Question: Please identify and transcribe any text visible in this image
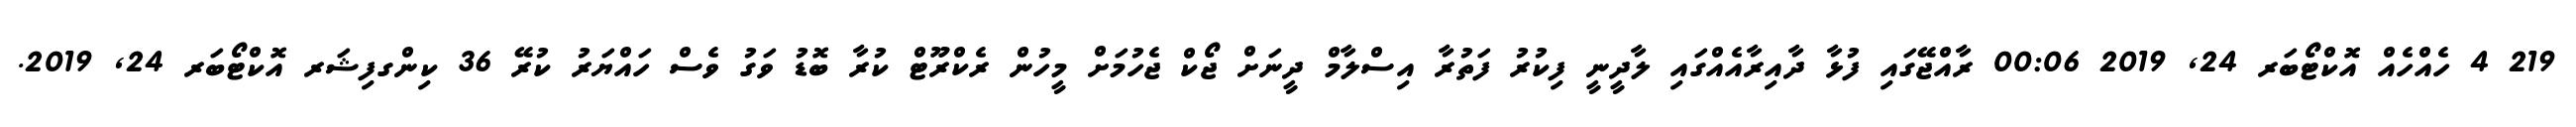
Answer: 219 4 ހެއްހެއް އޮކްޓޯބަރ 24, 2019 00:06 ރާއްޖޭގައި ފުޅާ ދާއިރާއެއްގައި ލާދީނީ ފިކުރު ފަތުރާ އިސްލާމް ދީނަށް ޖޯކް ޖެހުމަށް މީހުން ރެކްރޫޓް ކުރާ ބޮޑު ވަގު ވެސް ހައްޔަރު ކުރޭ 36 ކިންގފިޝަރ އޮކްޓޯބަރ 24, 2019.